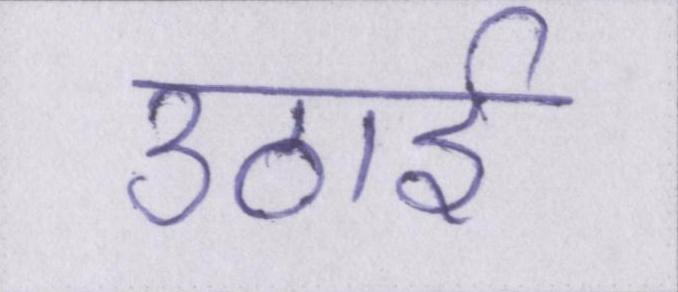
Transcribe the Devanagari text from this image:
उठाई